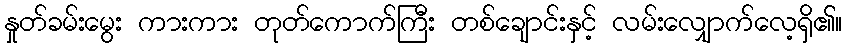
နှုတ်ခမ်းမွေး ကားကား တုတ်ကောက်ကြီး တစ်ချောင်းနှင့် လမ်းလျှောက်လေ့ရှိ၏။